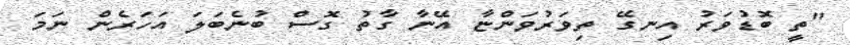
"ތީ ބޮޑުވަރު އިނގޭ ތިވަރުވަންޏާ އޭނާ ގާތު ގޮސް ބުނެބަލަ އަހަރެން ނަމަ